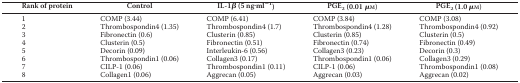
<table><thead><tr><td><b>Rank of protein</b></td><td><b>Control</b></td><td><b>IL-1β (5 ng·ml<sup>−1</sup>)</b></td><td><b>PGE<sub>2</sub> (0.01 μm)</b></td><td><b>PGE<sub>2</sub> (1.0 μm)</b></td></tr></thead><tbody><tr><td>1</td><td>COMP (3.44)</td><td>COMP (6.41)</td><td>COMP (3.84)</td><td>COMP (3.08)</td></tr><tr><td>2</td><td>Thrombospondin4 (1.35)</td><td>Thrombospondin4 (1.7)</td><td>Thrombospondin4 (1.28)</td><td>Thrombospondin4 (0.92)</td></tr><tr><td>3</td><td>Fibronectin (0.6)</td><td>Clusterin (0.85)</td><td>Clusterin (0.85)</td><td>Clusterin (0.5)</td></tr><tr><td>4</td><td>Clusterin (0.5)</td><td>Fibronectin (0.51)</td><td>Fibronectin (0.74)</td><td>Fibronectin (0.49)</td></tr><tr><td>5</td><td>Decorin (0.09)</td><td>Interleukin-6 (0.56)</td><td>Collagen3 (0.23)</td><td>Decorin (0.3)</td></tr><tr><td>6</td><td>Thrombospondin1 (0.06)</td><td>Collagen3 (0.17)</td><td>Thrombospondin1 (0.06)</td><td>Collagen3 (0.29)</td></tr><tr><td>7</td><td>CILP-1 (0.06)</td><td>Thrombospondin1 (0.11)</td><td>CILP-1 (0.06)</td><td>Thrombospondin1 (0.08)</td></tr><tr><td>8</td><td>Collagen1 (0.06)</td><td>Aggrecan (0.05)</td><td>Aggrecan (0.03)</td><td>Aggrecan (0.02)</td></tr></tbody></table>